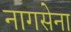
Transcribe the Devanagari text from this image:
नागसेना